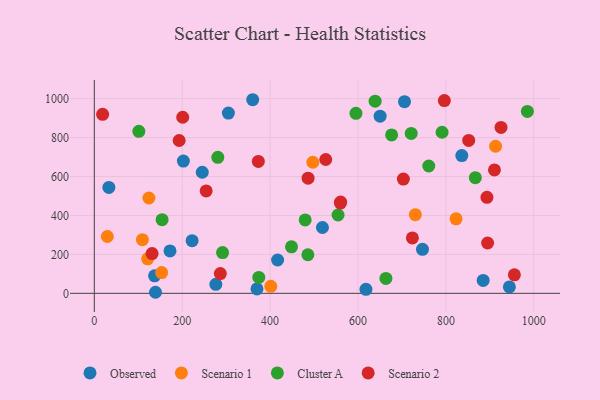
{"axis": {"x": "Engine Size", "y": "Yield"}, "legend": ["Cluster A", "Observed", "Scenario 1", "Scenario 2"], "data": [{"x": "944.5", "y": 33.0, "type": "Observed"}, {"x": "172.2", "y": 218.0, "type": "Observed"}, {"x": "245.6", "y": 622.0, "type": "Observed"}, {"x": "836.2", "y": 707.7, "type": "Observed"}, {"x": "705.8", "y": 984.8, "type": "Observed"}, {"x": "33.1", "y": 544.1, "type": "Observed"}, {"x": "202.6", "y": 679.6, "type": "Observed"}, {"x": "650.3", "y": 909.9, "type": "Observed"}, {"x": "137.1", "y": 89.7, "type": "Observed"}, {"x": "360.4", "y": 994.6, "type": "Observed"}, {"x": "276.5", "y": 46.4, "type": "Observed"}, {"x": "139.2", "y": 5.4, "type": "Observed"}, {"x": "370.1", "y": 22.4, "type": "Observed"}, {"x": "222.5", "y": 270.6, "type": "Observed"}, {"x": "417.1", "y": 171.2, "type": "Observed"}, {"x": "618.1", "y": 20.6, "type": "Observed"}, {"x": "746.7", "y": 225.8, "type": "Observed"}, {"x": "884.8", "y": 66.5, "type": "Observed"}, {"x": "519.1", "y": 338.3, "type": "Observed"}, {"x": "305.0", "y": 926.0, "type": "Observed"}, {"x": "109.4", "y": 275.6, "type": "Scenario 1"}, {"x": "497.2", "y": 673.5, "type": "Scenario 1"}, {"x": "730.5", "y": 404.2, "type": "Scenario 1"}, {"x": "913.1", "y": 755.6, "type": "Scenario 1"}, {"x": "121.5", "y": 177.4, "type": "Scenario 1"}, {"x": "124.2", "y": 489.6, "type": "Scenario 1"}, {"x": "401.5", "y": 35.9, "type": "Scenario 1"}, {"x": "823.1", "y": 382.7, "type": "Scenario 1"}, {"x": "29.6", "y": 292.0, "type": "Scenario 1"}, {"x": "153.2", "y": 106.5, "type": "Scenario 1"}, {"x": "374.3", "y": 81.5, "type": "Cluster A"}, {"x": "595.3", "y": 924.5, "type": "Cluster A"}, {"x": "663.5", "y": 76.8, "type": "Cluster A"}, {"x": "639.0", "y": 987.2, "type": "Cluster A"}, {"x": "485.9", "y": 198.3, "type": "Cluster A"}, {"x": "291.8", "y": 209.4, "type": "Cluster A"}, {"x": "867.0", "y": 594.2, "type": "Cluster A"}, {"x": "479.8", "y": 376.9, "type": "Cluster A"}, {"x": "791.3", "y": 827.6, "type": "Cluster A"}, {"x": "154.2", "y": 378.3, "type": "Cluster A"}, {"x": "554.6", "y": 402.4, "type": "Cluster A"}, {"x": "721.1", "y": 821.4, "type": "Cluster A"}, {"x": "448.7", "y": 239.1, "type": "Cluster A"}, {"x": "281.0", "y": 698.6, "type": "Cluster A"}, {"x": "676.5", "y": 814.0, "type": "Cluster A"}, {"x": "101.3", "y": 832.5, "type": "Cluster A"}, {"x": "761.0", "y": 654.2, "type": "Cluster A"}, {"x": "985.4", "y": 934.5, "type": "Cluster A"}, {"x": "526.6", "y": 687.6, "type": "Scenario 2"}, {"x": "925.4", "y": 852.2, "type": "Scenario 2"}, {"x": "193.0", "y": 785.2, "type": "Scenario 2"}, {"x": "131.4", "y": 204.0, "type": "Scenario 2"}, {"x": "559.9", "y": 463.8, "type": "Scenario 2"}, {"x": "703.2", "y": 587.0, "type": "Scenario 2"}, {"x": "894.9", "y": 258.5, "type": "Scenario 2"}, {"x": "254.5", "y": 526.0, "type": "Scenario 2"}, {"x": "910.5", "y": 633.7, "type": "Scenario 2"}, {"x": "955.8", "y": 95.0, "type": "Scenario 2"}, {"x": "560.5", "y": 468.6, "type": "Scenario 2"}, {"x": "893.4", "y": 493.0, "type": "Scenario 2"}, {"x": "486.4", "y": 591.8, "type": "Scenario 2"}, {"x": "851.9", "y": 785.5, "type": "Scenario 2"}, {"x": "373.2", "y": 677.8, "type": "Scenario 2"}, {"x": "796.5", "y": 990.4, "type": "Scenario 2"}, {"x": "286.7", "y": 101.4, "type": "Scenario 2"}, {"x": "201.1", "y": 904.5, "type": "Scenario 2"}, {"x": "723.7", "y": 284.7, "type": "Scenario 2"}, {"x": "18.9", "y": 919.7, "type": "Scenario 2"}]}